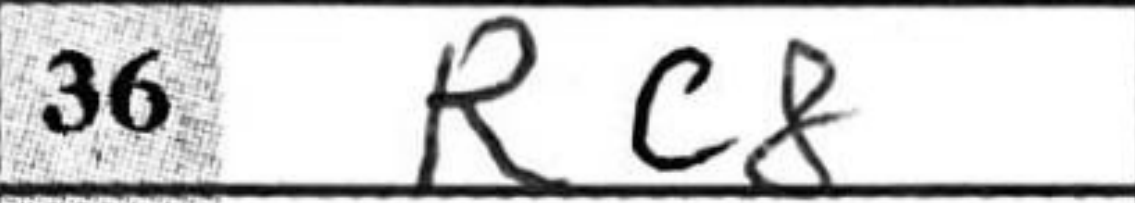
Transcription: Rc8